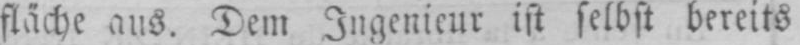
fläche aus. Dem Ingenieur ist selbst bereits